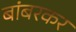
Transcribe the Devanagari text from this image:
बांबरकर